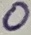
Text: 0